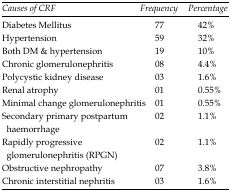
<table><thead><tr><td><b><i>Causes of CRF</i></b></td><td><b><i>Frequency</i></b></td><td><b><i>Percentage</i></b></td></tr></thead><tbody><tr><td>Diabetes Mellitus</td><td>77</td><td>42%</td></tr><tr><td>Hypertension</td><td>59</td><td>32%</td></tr><tr><td>Both DM &amp; hypertension</td><td>19</td><td>10%</td></tr><tr><td>Chronic glomerulonephritis</td><td>08</td><td>4.4%</td></tr><tr><td>Polycystic kidney disease</td><td>03</td><td>1.6%</td></tr><tr><td>Renal atrophy</td><td>01</td><td>0.55%</td></tr><tr><td>Minimal change glomerulonephritis</td><td>01</td><td>0.55%</td></tr><tr><td>Secondary primary postpartum haemorrhage</td><td>02</td><td>1.1%</td></tr><tr><td>Rapidly progressive glomerulonephritis (RPGN)</td><td>02</td><td>1.1%</td></tr><tr><td>Obstructive nephropathy</td><td>07</td><td>3.8%</td></tr><tr><td>Chronic interstitial nephritis</td><td>03</td><td>1.6%</td></tr></tbody></table>